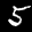
Label: 5